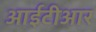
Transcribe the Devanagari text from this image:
आईटीआर